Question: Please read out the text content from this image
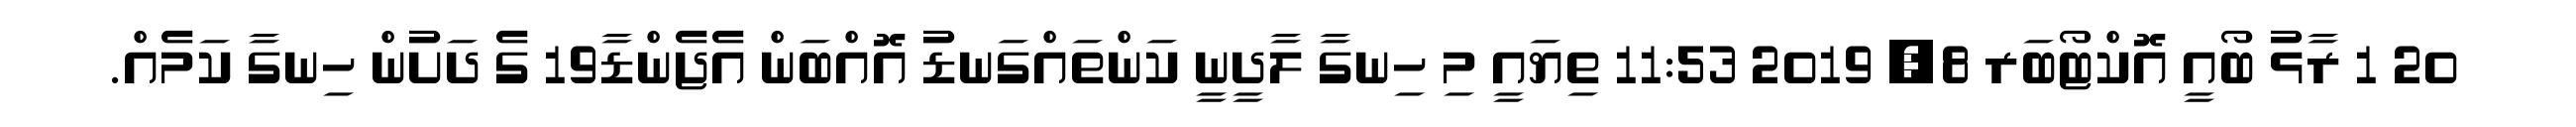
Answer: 20 1 ރާޅު ބޯއީ އޮކްޓޯބަރ 8, 2019 11:53 ތިޔައީ މި ހިނގާ ލާދީނީ ކަންތައްގަނޑު އޮއްބަން އެޖެންޑާ19 ގެ ދަށުން ހިނގާ ކަމެއް.